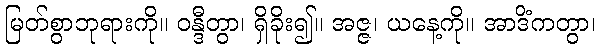
မြတ်စွာဘုရားကို။ ဝန္ဒီတွာ၊ ရှိခိုး၍။ အဇ္ဇ၊ ယနေ့ကို။ အာဒိံကတွာ၊